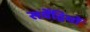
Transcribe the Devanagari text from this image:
सर्वेंद्रियों